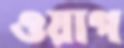
ওয়াপ